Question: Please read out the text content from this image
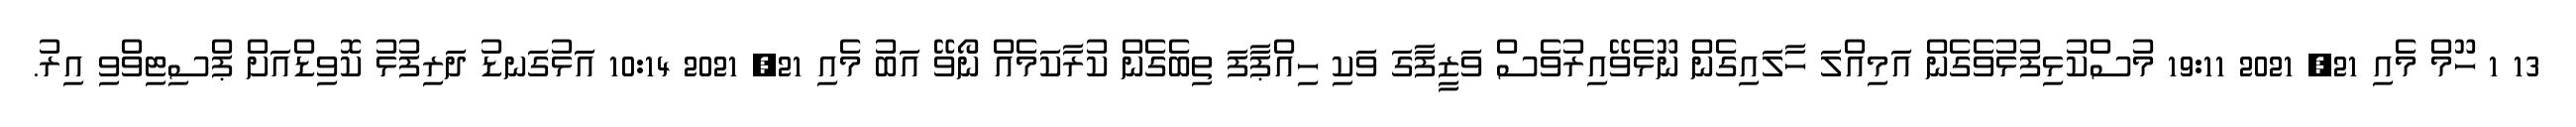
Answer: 13 1 ހޫމް މެއި 21, 2021 19:11 މުސްކުޅިފުޅުވެގެން އަމިއްލަ ހާލައިގެން ނޫޅެވޭއިރުވެސް ވަޒީފާގަ ވަކި ހިއްޕާފަ ތިބެގެން ކުރާކަމެއް ނޯވޭ އަބު މެއި 21, 2021 10:14 އަޅުގަނޑު ދަރިފުޅު ކޮވިޑްއަށް ޕްސިޓިވްވި އިރު.